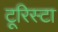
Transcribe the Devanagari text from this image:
टूरिस्टा